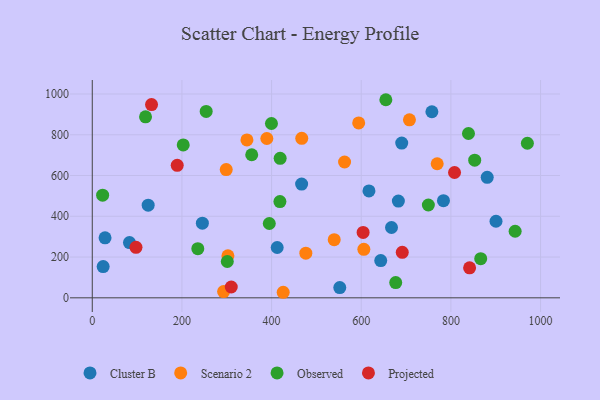
{"axis": {"x": "Price", "y": "Rating"}, "legend": ["Cluster B", "Observed", "Projected", "Scenario 2"], "data": [{"x": "783.4", "y": 476.5, "type": "Cluster B"}, {"x": "881.0", "y": 591.2, "type": "Cluster B"}, {"x": "690.3", "y": 758.9, "type": "Cluster B"}, {"x": "124.7", "y": 454.3, "type": "Cluster B"}, {"x": "467.0", "y": 558.0, "type": "Cluster B"}, {"x": "757.6", "y": 912.7, "type": "Cluster B"}, {"x": "682.8", "y": 474.4, "type": "Cluster B"}, {"x": "900.6", "y": 375.6, "type": "Cluster B"}, {"x": "28.5", "y": 294.3, "type": "Cluster B"}, {"x": "643.5", "y": 182.8, "type": "Cluster B"}, {"x": "667.5", "y": 344.9, "type": "Cluster B"}, {"x": "83.0", "y": 271.2, "type": "Cluster B"}, {"x": "552.1", "y": 50.2, "type": "Cluster B"}, {"x": "617.2", "y": 524.3, "type": "Cluster B"}, {"x": "412.5", "y": 246.8, "type": "Cluster B"}, {"x": "24.3", "y": 153.1, "type": "Cluster B"}, {"x": "245.6", "y": 366.2, "type": "Cluster B"}, {"x": "594.3", "y": 857.8, "type": "Scenario 2"}, {"x": "302.6", "y": 206.1, "type": "Scenario 2"}, {"x": "345.0", "y": 774.8, "type": "Scenario 2"}, {"x": "539.7", "y": 285.1, "type": "Scenario 2"}, {"x": "769.4", "y": 657.8, "type": "Scenario 2"}, {"x": "476.4", "y": 219.0, "type": "Scenario 2"}, {"x": "707.5", "y": 873.2, "type": "Scenario 2"}, {"x": "605.8", "y": 238.0, "type": "Scenario 2"}, {"x": "562.8", "y": 666.3, "type": "Scenario 2"}, {"x": "293.0", "y": 30.5, "type": "Scenario 2"}, {"x": "389.4", "y": 781.6, "type": "Scenario 2"}, {"x": "298.8", "y": 629.1, "type": "Scenario 2"}, {"x": "425.9", "y": 27.2, "type": "Scenario 2"}, {"x": "467.3", "y": 782.3, "type": "Scenario 2"}, {"x": "202.9", "y": 750.2, "type": "Observed"}, {"x": "235.4", "y": 241.1, "type": "Observed"}, {"x": "23.1", "y": 503.6, "type": "Observed"}, {"x": "749.7", "y": 455.3, "type": "Observed"}, {"x": "839.2", "y": 806.1, "type": "Observed"}, {"x": "418.6", "y": 472.1, "type": "Observed"}, {"x": "853.1", "y": 675.3, "type": "Observed"}, {"x": "118.8", "y": 887.8, "type": "Observed"}, {"x": "676.9", "y": 74.7, "type": "Observed"}, {"x": "654.9", "y": 971.8, "type": "Observed"}, {"x": "419.1", "y": 684.5, "type": "Observed"}, {"x": "970.6", "y": 758.2, "type": "Observed"}, {"x": "301.2", "y": 178.2, "type": "Observed"}, {"x": "943.3", "y": 326.5, "type": "Observed"}, {"x": "355.7", "y": 701.8, "type": "Observed"}, {"x": "399.7", "y": 855.2, "type": "Observed"}, {"x": "866.5", "y": 191.8, "type": "Observed"}, {"x": "254.1", "y": 914.6, "type": "Observed"}, {"x": "394.9", "y": 364.5, "type": "Observed"}, {"x": "310.0", "y": 53.2, "type": "Projected"}, {"x": "691.5", "y": 223.1, "type": "Projected"}, {"x": "841.7", "y": 147.2, "type": "Projected"}, {"x": "808.1", "y": 614.9, "type": "Projected"}, {"x": "189.5", "y": 650.0, "type": "Projected"}, {"x": "97.5", "y": 247.8, "type": "Projected"}, {"x": "604.2", "y": 320.7, "type": "Projected"}, {"x": "132.2", "y": 947.8, "type": "Projected"}]}